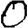
Digit: 0